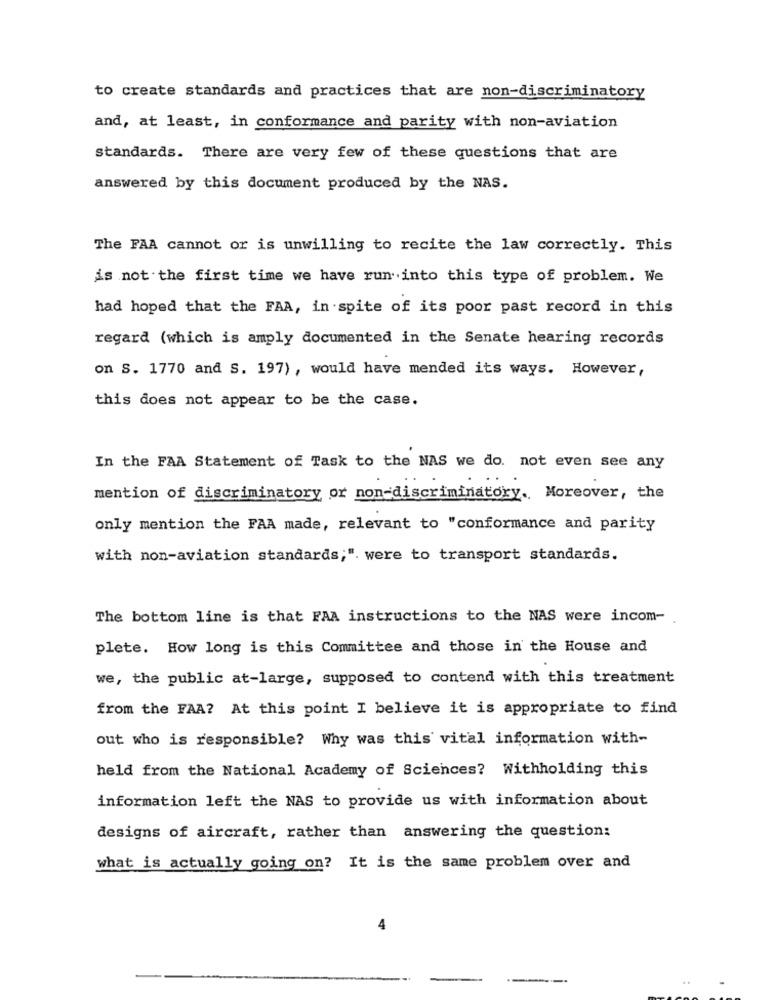
to create standards and practices that are non-discriminatory
and, at least, in conformance and parity with non-aviation
standards. There are very few of these questions that are
answered by this document produced by the NAS.
The FAA cannot or is unwilling to recite the law correctly. This
is not the first time we have run into this type of problem. We
had hoped that the FAA, in spite of its poor past record in this
regard (which is amply documented in the Senate hearing records
on S. 1770 and S. 197) , would have mended its ways. However,
this does not appear to be the case.
In the FAA Statement of Task to the NAS we do. not even see any
mention of discriminatory or non-discriminatory. Moreover, the
only mention the FAA made, relevant to "conformance and parity
with non-aviation standards;". were to transport standards.
The bottom line is that FAA instructions to the NAS were incom-
plete. How long is this Committee and those in the House and
we, the public at-large, supposed to contend with this treatment
from the FAA? At this point I believe it is appropriate to find
out who is responsible? Why was this vital information with-
held from the National Academy of Sciences? Withholding this
information left the NAS to provide us with information about
designs of aircraft, rather than answering the question:
what is actually going on? It is the same problem over and
4